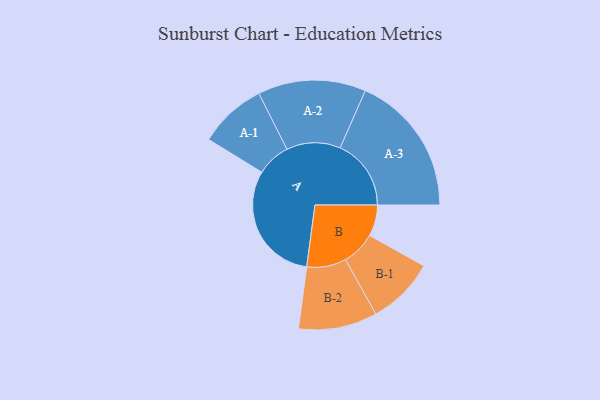
{"axis": {"x": "Segment", "y": "Value"}, "legend": ["", "A", "B"], "data": [{"x": "A", "y": 418, "type": ""}, {"x": "B", "y": 107, "type": ""}, {"x": "A-1", "y": 116, "type": "A"}, {"x": "A-2", "y": 185, "type": "A"}, {"x": "A-3", "y": 243, "type": "A"}, {"x": "B-1", "y": 116, "type": "B"}, {"x": "B-2", "y": 135, "type": "B"}]}